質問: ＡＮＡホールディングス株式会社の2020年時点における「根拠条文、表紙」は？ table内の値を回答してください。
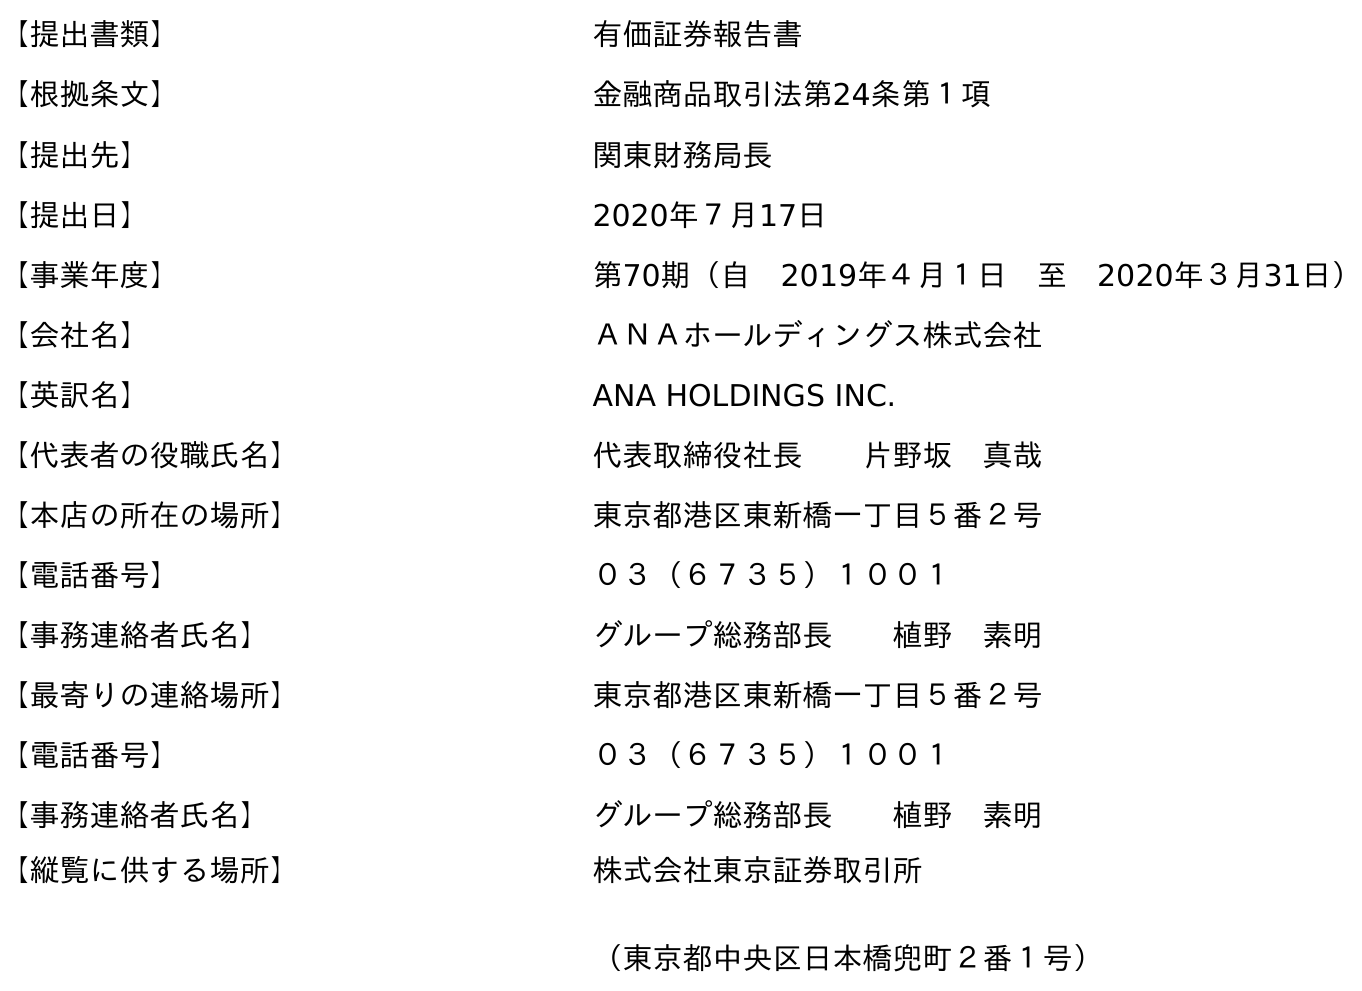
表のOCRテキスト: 【提出書類】 有価証券報告書 【根拠条文】 金融商品取引法第24条第１項 【提出先】 関東財務局長 【提出日】 2020年７月17日 【事業年度】 第70期（自 2019年４月１日 至 2020年３月31日） 【会社名】 ＡＮＡホールディングス株式会社 【英訳名】 ANA HOLDINGS INC. 【代表者の役職氏名】 代表取締役社長  片野坂 真哉 【本店の所在の場所】 東京都港区東新橋一丁目５番２号 【電話番号】 ０３（６７３５）１００１ 【事務連絡者氏名】 グループ総務部長  植野 素明 【最寄りの連絡場所】 東京都港区東新橋一丁目５番２号 【電話番号】 ０３（６７３５）１００１ 【事務連絡者氏名】 グループ総務部長  植野 素明 【縦覧に供する場所】 株式会社東京証券取引所 （東京都中央区日本橋兜町２番１号）
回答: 金融商品取引法第24条第１項